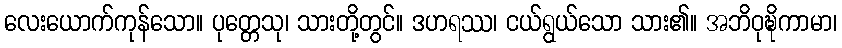
လေးယောက်ကုန်သော။ ပုတ္တေသု၊ သားတို့တွင်။ ဒဟရဿ၊ ငယ်ရွယ်သော သား၏။ အဘိဝုဍ္ဎိကာမာ၊